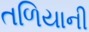
તળિયાની